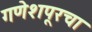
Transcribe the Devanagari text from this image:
गणेशपूरचा